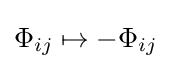
\Phi _{ij}\mapsto -\Phi _{ij}